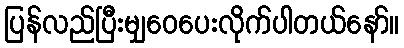
ပြန်လည်ပြီးမျှဝေပေးလိုက်ပါတယ်နော်။